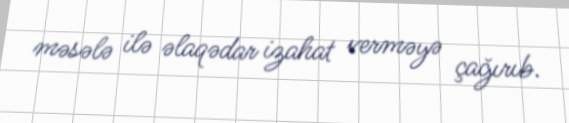
məsələ ilə əlaqədar izahat verməyə çağırıb.